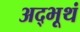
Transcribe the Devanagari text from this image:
अद्भूथं